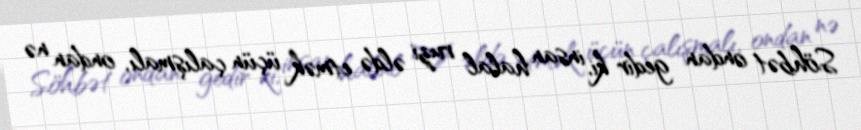
Söhbət ondan gedir ki, insan halal ruzi əldə etmək üçün çalışmalı, ondan nə